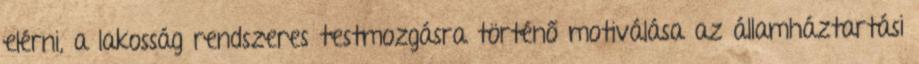
elérni, a lakosság rendszeres testmozgásra történő motiválása az államháztartási